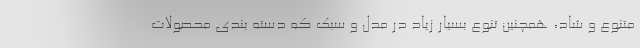
متنوع و شاد، همچنین تنوع بسیار زیاد در مدل و سبک که دسته بندی محصولات